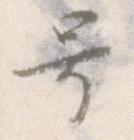
号